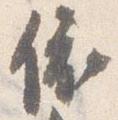
依